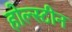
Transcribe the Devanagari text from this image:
होल्स्टीन